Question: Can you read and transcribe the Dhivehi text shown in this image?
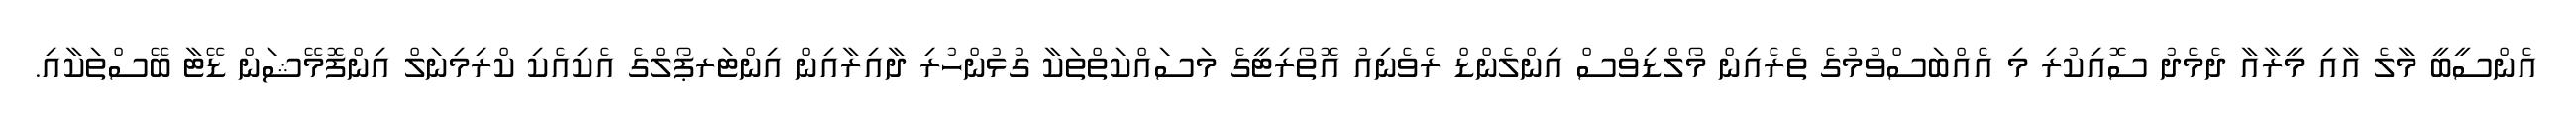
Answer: އެންސީބީ މާލެ އާއި މީރާއާ ދެމެދު ސޮއިކުރި މި އެއްބަސްވުމުގެ ތެރެއިން މޯލްޑިވްސް އިންލެންޑް ރެވެނިއު އޮތޯރިޓީގެ މަސައްކަތްތަކާ ގުޅުންހުރި ދާއިރާއިން އިންޓަރޕޯލްގެ އެކިއެކި ކްރިމިނަލް އިންފޮމޭޝަން ޑޭޓާ ބޭސްތަކާއި.